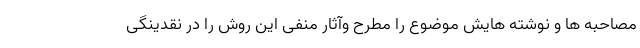
مصاحبه ها و نوشته هایش موضوع را مطرح وآثار منفی این روش را در نقدینگی